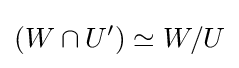
(W\cap U')\simeq W/U